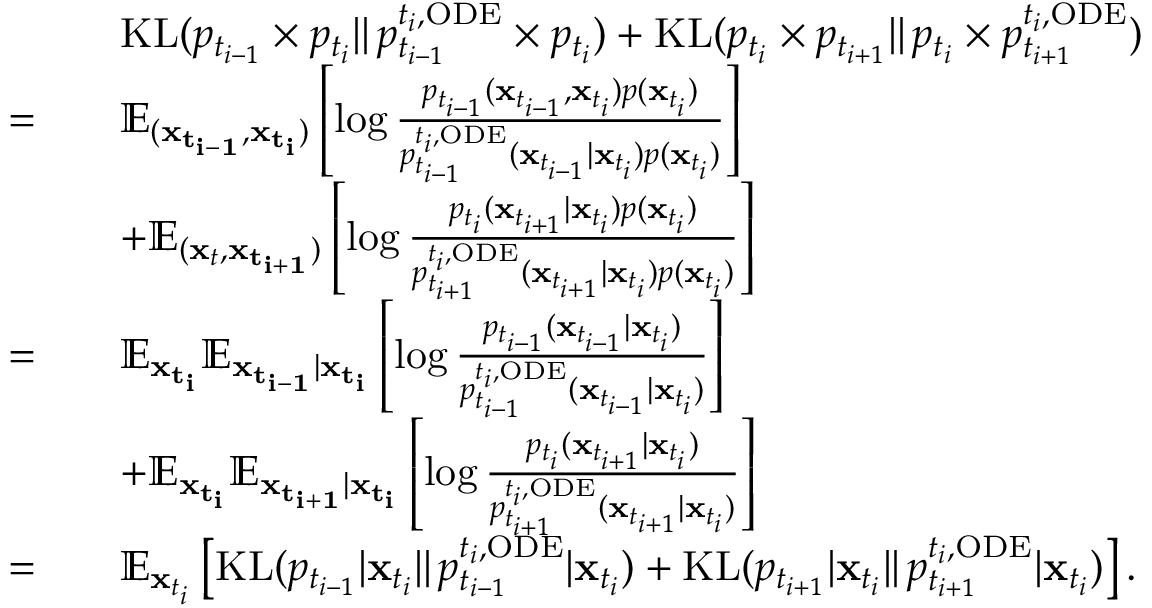
\begin{array} { r l } & { \quad \mathrm { K L } ( p _ { t _ { i - 1 } } \times p _ { t _ { i } } | | \, p _ { t _ { i - 1 } } ^ { t _ { i } , \mathrm { O D E } } \times p _ { t _ { i } } ) + \mathrm { K L } ( p _ { t _ { i } } \times p _ { t _ { i + 1 } } | | \, p _ { t _ { i } } \times p _ { t _ { i + 1 } } ^ { t _ { i } , \mathrm { O D E } } ) } \\ { = } & { \quad \mathbb { E } _ { ( \mathbf { x _ { t _ { i - 1 } } } , \mathbf { x _ { t _ { i } } } ) } \left[ \log \frac { p _ { t _ { i - 1 } } ( \mathbf { x } _ { t _ { i - 1 } } , \mathbf { x } _ { t _ { i } } ) p ( \mathbf { x } _ { t _ { i } } ) } { p _ { t _ { i - 1 } } ^ { t _ { i } , \mathrm { O D E } } ( \mathbf { x } _ { t _ { i - 1 } } | \mathbf { x } _ { t _ { i } } ) p ( \mathbf { x } _ { t _ { i } } ) } \right] } \\ & { \quad + \mathbb { E } _ { ( \mathbf { x } _ { t } , \mathbf { x _ { t _ { i + 1 } } } ) } \left[ \log \frac { p _ { t _ { i } } ( \mathbf { x } _ { t _ { i + 1 } } | \mathbf { x } _ { t _ { i } } ) p ( \mathbf { x } _ { t _ { i } } ) } { p _ { t _ { i + 1 } } ^ { t _ { i } , \mathrm { O D E } } ( \mathbf { x } _ { t _ { i + 1 } } | \mathbf { x } _ { t _ { i } } ) p ( \mathbf { x } _ { t _ { i } } ) } \right] } \\ { = } & { \quad \mathbb { E } _ { \mathbf { x _ { t _ { i } } } } \mathbb { E } _ { \mathbf { x _ { t _ { i - 1 } } } | \mathbf { x _ { t _ { i } } } } \left[ \log \frac { p _ { t _ { i - 1 } } ( \mathbf { x } _ { t _ { i - 1 } } | \mathbf { x } _ { t _ { i } } ) } { p _ { t _ { i - 1 } } ^ { t _ { i } , \mathrm { O D E } } ( \mathbf { x } _ { t _ { i - 1 } } | \mathbf { x } _ { t _ { i } } ) } \right] } \\ & { \quad + \mathbb { E } _ { \mathbf { x _ { t _ { i } } } } \mathbb { E } _ { \mathbf { x _ { t _ { i + 1 } } } | \mathbf { x _ { t _ { i } } } } \left[ \log \frac { p _ { t _ { i } } ( \mathbf { x } _ { t _ { i + 1 } } | \mathbf { x } _ { t _ { i } } ) } { p _ { t _ { i + 1 } } ^ { t _ { i } , \mathrm { O D E } } ( \mathbf { x } _ { t _ { i + 1 } } | \mathbf { x } _ { t _ { i } } ) } \right] } \\ { = } & { \quad \mathbb { E } _ { \mathbf { x } _ { t _ { i } } } \left[ \mathrm { K L } ( p _ { t _ { i - 1 } } | \mathbf { x } _ { t _ { i } } | | \, p _ { t _ { i - 1 } } ^ { t _ { i } , \mathrm { O D E } } | \mathbf { x } _ { t _ { i } } ) + \mathrm { K L } ( p _ { t _ { i + 1 } } | \mathbf { x } _ { t _ { i } } | | \, p _ { t _ { i + 1 } } ^ { t _ { i } , \mathrm { O D E } } | \mathbf { x } _ { t _ { i } } ) \right] . } \end{array}